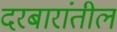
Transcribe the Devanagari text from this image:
दरबारांतील